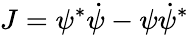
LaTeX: J=\psi^{*}\dot{\psi}-\psi\dot{\psi}^{*}